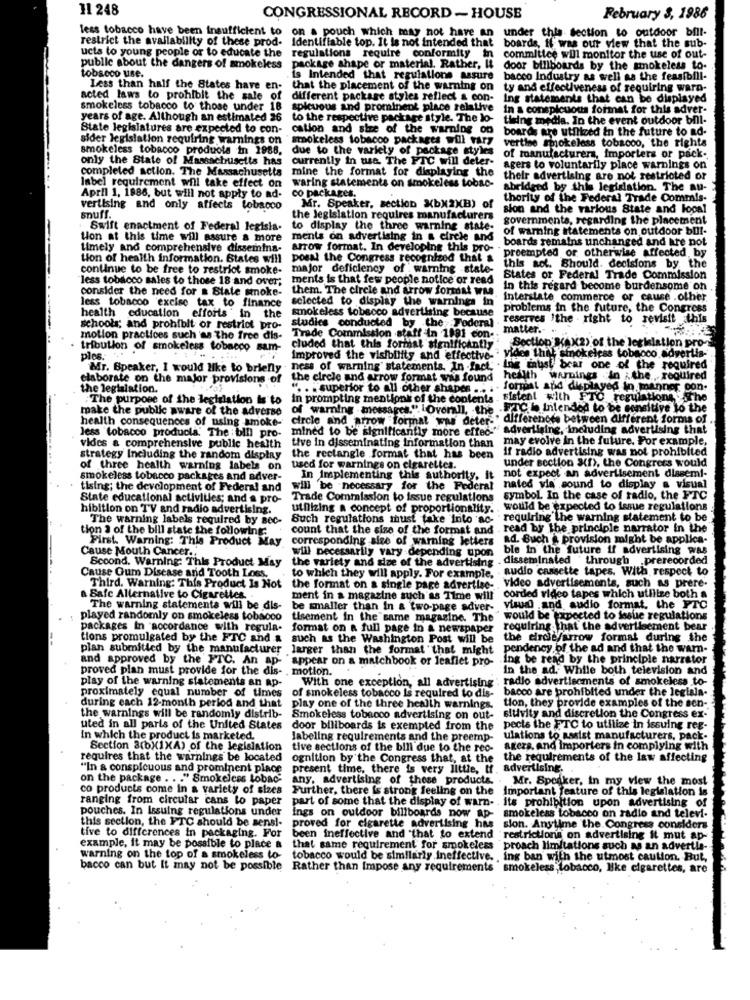
11 248
CONGRESSIONAL RECORD - HOUSE
February 3, 1986
less tobacco have been insufficient to on a pouch which may not have an under this section to outdoor bill-
restrict the availability of these prod- Identifiable top. It is not intended that boards, if was our view that the sub-
ucts to young people or to educate the regulations require conformity in committee will monitor the use of out-
public about the dangers of smokeless package shape or material. Rather, It door billboards by the smokeless to-
tobacco use.
is Intended that regulations assure bacco Industry as well as the feasibill-
Less than half the States have en- that the placement of the warning on ty and effectiveness of requiring warn-
acted laws to prohibit the sale of
different package styles reflect & con-
Ing statements that can be displayed
smokeless tobacco to those under 18
spicuous and prominent place relative
in a conspicuous format for this adver-
years of age. Although an estimated 26 to the respective package style. The lo-
thing media. In the event outdoor bil-
State legislatures are expected to con-
cation and size of the warning on
boards are utilized in the future to ad-
sider legislation requiring warnings on
smokeless tobacoo packages will vary
smokeless tobacco products in 1988.
due to the variety of package styles
vertie smokeless tobacco, the rights
only the State of Massachusetts has
currently in use. The FTC will deter-
of manufacturers, Importers or pack ..
completed action. The Massachusetts mine the format for displaying the
agers to voluntarily place warnings on
their advertising are not restricted or
label requirement will take effect on
waring statements on smokeless tobac-
abridged by this legislation. The au-
April 1, 1986, but will not apply to ad-
co packages.
thority of the Federal Trade Commis-
vertising and only affects tobacco
Mr. Speaker, section XbX2XB) of
sion and the various State and local
snuff.
the Jegislation requires manufacturers
governments, regarding the placement
Swift enactment of Federal legisla-
to display the three warning state-
of warning statements on outdoor bull-
tion at this time will assure a more
ments on advertising in & cirele and
boards remains unchanged and are not
timely and comprehensive dissemina-
arrow format. In developing this pro- .
proempted or otherwise affected by
tion of health information. States will posal the Congress recognized that &
continue to be free to restrict smoke-
major deficiency of warning .state-
this act. Should. decisions by the
less tobacco sales to those 18 and over;
ments is that few people notice or read
States or Federal Trade Commission
consider the need for a State smoke-
them. The circle and arrow format was
In this regard become burdensome on
selected to display the warnings in
interstate commerce or cause .other
less tobacoo 'excise tax to finance
smokeless tobeoco advertising because
problems in the future, the Congress
health education efforts ' in the
reserves 'the - right to revisit this
schools; and prohibit or restrict pro-
studies conducted by the Toderal .
matter .-
motion practices such as the free dis-
Trade Commission statt in 1981 con-
tribution of smokeless tobacco sam-
cluded that this format significantly
Section KaX2) of the legislation pro-
ples.
Improved the visibility and effective-
viden thet smokeless tobacco advertis-
.. . .
Mr. Speaker, I would like to brienly - ness of warning" statements. In fact,
Ine must bear one of the required
elaborate on the major provisions of
the circle and arrow format was found health warnings .in the ., required
the legislation.
... . superior to all other shapes ... .
format and displayed in manner con-
: The purpose of the legislation is to
in prompting mentionk of the contents -
sistent with FTO regulations : Sthe
make the public aware of the adverse of warning messages." "Overall, the FTC i intended to be sensitive to the
health consequences of using smoke-
circle and arrow "format" was deter-" differences between different forms of ..
mined to be significantly more effec-
advertising, including advertising that
less tobacco products. The bill pro-
may evolve in the future. For example,
vides a comprehensive public health
Live in disseminating Information than
if radio advertising was not prohibited
strategy Including the random display
the rectangle format that has been
under section X(1), the Congress would
of three health warning labels on
used for warnings on cigarettes.
smokeless tobacco packages and adver-
In Implementing this authority. it
not expect an advertisement dissemi-
tising; the development of Federal and
will be necessary for the Federal
nated via sound to display a visual
State educational activities; and a pro-
Trade Commission to issue regulations
symbol. In the case of radio, the FTC
hibition on TV and radio advertising.
uthizing a concept of proportionality.
would be expected to issue regulations
The warning labels required by Bec-
Such regulations must take into ac-
requiring the warning statement to be
tion 3 of the bill state the following:
count that the size of the format and
read by the principle narrator in the
First. Warning: This Product May
corresponding size of warning letters
ad. Buch & provision might be applica-
will necessarily vary depending upon
bie in the future if advertising was
Cause Mouth Cancer ..
Scoond. Warning: This Product May
the variety and size of the advertising -
disseminated through .prerecorded
Cause Gum Disease and Tooth Loss,
audio cassette tapes. With respect to
to which they will apply. For example,
Third. Warning: This Product Is Not the format on a single page advertise -.
video advertisements, such as prere-
a Safe Alternative to Cigarettes ..
ment in a magazine such as Time will
corded video tapes which utilize both a
The warning statements will be dis-
be smaller than In a two-page adver- vid and audio format. the FTC
played randomly on smokeless tobacco
tisement in the same magazine. The " would be tempocted to issue regulations
packages In accordance with regula- format on a full page in a newspaper
requiring that the advertisement bear
tions promulgated by the FTC and & such as the Washington Post will be
the dirde/arrow format during the
plan submitted by the manufacturer larger than the format "that might pendency of the ad and that the warn-
and approved by the FTC. An ap-
appear on a matchbook or leaflet pro-
ing be read by the principle narrator
proved plan must provide for the dis-
motion.
In the ad. While both television and
play of the warning statements an ap-
With one exception, all advertising
radio advertisements of smokeless to-
proximately equal number of times
bacco are prohibited under the legiala-
of smokeless tobacco is required to dis-
during each 12-month period and that play one of the three health warnings.
tion, they provide examples of the sen-
the warnings will be randomly distrib- Smokeless tobacco advertising on out-
sluivity and discretion the Congress ex-
uted in all parts of the United States door biliboards is exempted from the
pects the FTC to utilize in issuing reg-
In which the product is marketed.
labeling requirements and the preemp-
ulations to assist manufacturers, pack-
Section 3(bX1XA) of the legislation
tive sections of the bill due to the red-
agers. and importers in complying with
requires that the warnings be located
ognition by the Congress that, at the the requirements of the law affecting
"In a conspicuous and prominent place
present time, there is very little, tf. advertising.
on the package . . . " Smokeless Lobac-
Any, advertising of these products. . Mr. Speaker, in my view the most
co products come in a variety of sizes Further, there is strong feeling on the
Important feature of this legislation is
ranging from circular cans to paper
part of some that the display of warn- . its prohibition upon advertising of
pouches. In Issuing regulations under
this section, the FTC should be sensi-
ings on outdoor billboards now ap- smokeless tobacco on radio and televi-
tive to differences in packaging. For
proved for cigarette advertising has
sion. Anytime the Congress considers
been ineffective and that to extend restrictions on advertising it mut ap-
example, it may be possible to place a
that same requirement for smokeless proach limitations such as an advertis-
warning on the top of a smokeless to-
tobacco would be similarly ineffective. , ing ban with the utmost caution. But,
bacco can but It may not be possible
Rather than Impose any requirements "smokeless tobacco, like cigarettes, are